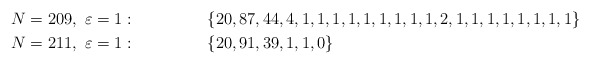
\begin{align*}N=209,\ \varepsilon=1 :\ \ \ \ \ \ \ \ \ \ \ \ \ \ &\{20, 87, 44, 4, 1, 1, 1, 1, 1, 1, 1, 1, 1, 2, 1, 1, 1, 1, 1, 1, 1, 1\}\\N=211,\ \varepsilon=1 :\ \ \ \ \ \ \ \ \ \ \ \ \ \ &\{20, 91, 39, 1, 1, 0\}\end{align*}